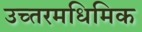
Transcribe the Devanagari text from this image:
उच्तरमधिमिक